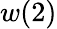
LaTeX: w(2)